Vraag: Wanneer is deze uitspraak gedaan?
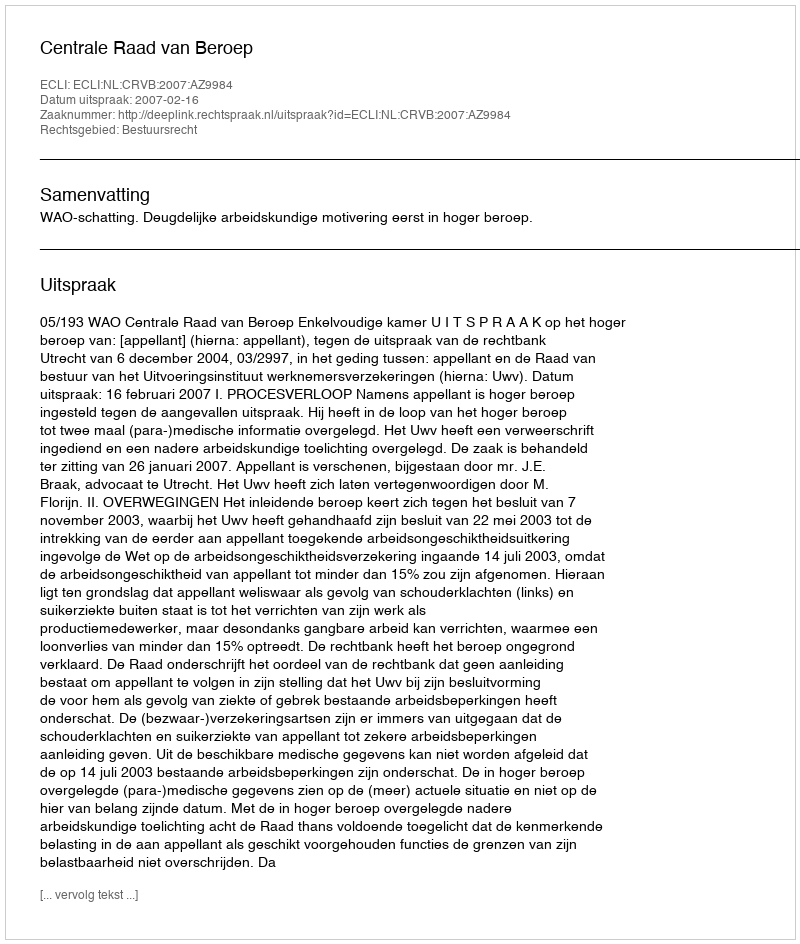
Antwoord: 2007-02-16